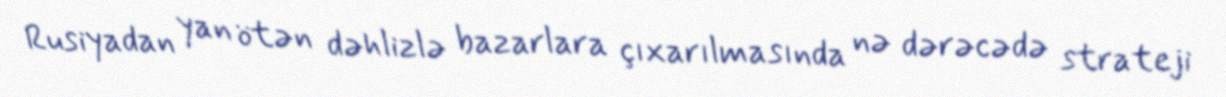
Rusiyadan yan ötən dəhlizlə bazarlara çıxarılmasında nə dərəcədə strateji